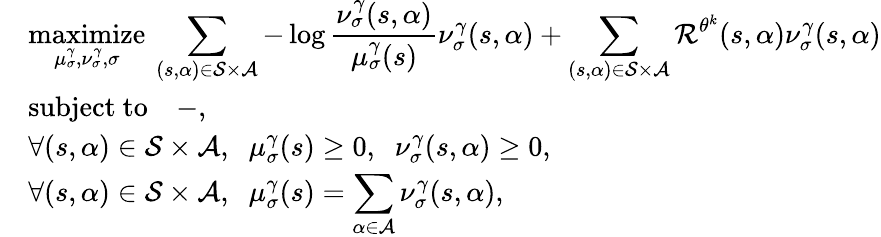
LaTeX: \begin{array}{rl}&{\displaystyle\underset{\mu_{\sigma}^{\gamma},\nu_{\sigma}^{\gamma},\sigma}{\mathrm{maximize}}\: \sum_{(s,\alpha)\in\mathcal{S}\times\mathcal{A}}-\log\frac{\nu_{\sigma}^{\gamma}(s,\alpha)}{\mu_{\sigma}^{\gamma}(s)}\nu_{\sigma}^{\gamma}(s,\alpha)+\sum_{(s,\alpha)\in\mathcal{S}\times\mathcal{A}}\mathcal{R}^{\theta^{k}}(s,\alpha)\nu_{\sigma}^{\gamma}(s,\alpha)}\\ &{\displaystyle\mathrm{subject\ to}\quad-,}\\ &{\displaystyle\forall(s,\alpha)\in\mathcal{S}\times\mathcal{A},\; \; \mu_{\sigma}^{\gamma}(s)\geq 0,\; \; \nu_{\sigma}^{\gamma}(s,\alpha)\geq 0,}\\ &{\displaystyle\forall(s,\alpha)\in\mathcal{S}\times\mathcal{A},\; \; \mu_{\sigma}^{\gamma}(s)=\sum_{\alpha\in\mathcal{A}}\nu_{\sigma}^{\gamma}(s,\alpha),}\end{array}